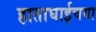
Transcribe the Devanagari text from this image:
हाताघाईचया